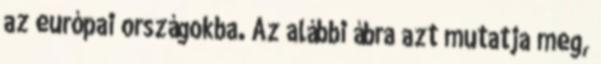
az európai országokba. Az alábbi ábra azt mutatja meg,